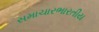
સમાચારભારતીય